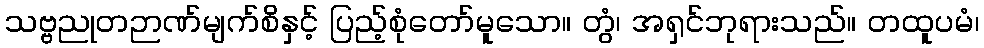
သဗ္ဗညုတဉာဏ်မျက်စိနှင့် ပြည့်စုံတော်မူသော။ တွံ၊ အရှင်ဘုရားသည်။ တထူပမံ၊